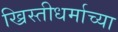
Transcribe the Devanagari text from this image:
ख्रिस्तीधर्माच्या